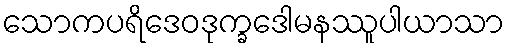
သောကပရိဒေဝဒုက္ခဒေါမနဿူပါယာသာ